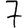
Digit: 7